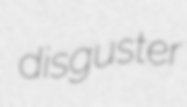
disguster